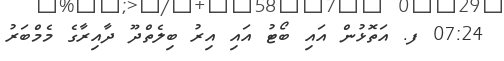
07:24 ފ. އަތޮޅުން އައި ބޯޓު އައި އިރު ބިލެތްދޫ ދާއިރާގެ މެމްބަރު